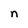
Character: n